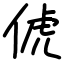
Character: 俿